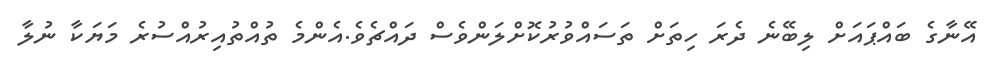
އޭނާގެ ބައްޕައަށް ލިބޭނެ ދެރަ ހިތަށް ތަސައްވުރުކޮށްލަންވެސް ދައްޗެވެ.އެންމެ ތުއްތުއިރުއްސުރެ މަޔަކާ ނުލާ